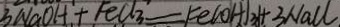
3 N a O H + F e C l _ { 3 } = F e ( O H _ { 3 } ) + 3 N a C l